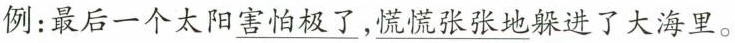
例：最后一个太阳\underline{害怕极了}，\underline{慌慌张张地}躲进了大海里。